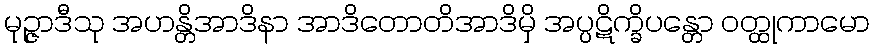
မုဉ္ဇာဒီသု အဟန္တိအာဒိနာ အာဒိတောတိအာဒိမှိ အပ္ပဋိက္ခိပန္တော ဝတ္ထုကာမော